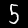
Label: 5